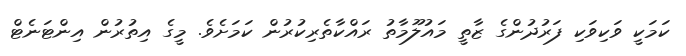
ކަމަކީ ވަކިވަކި ފަރުދުންގެ ޒާތީ މައުލޫމާތު ރައްކާތެރިކުރުން ކަމަށެވެ. މީގެ އިތުރުން އިންޓަނެޓް